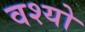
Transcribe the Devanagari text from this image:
वश्यो